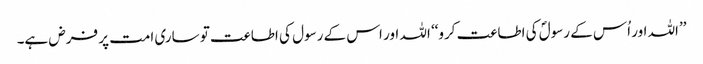
’’اللہ اور اُس کے رسولؐ کی اطاعت کرو‘‘ اللہ اور اس کے رسول کی اطاعت تو ساری امت پر فرض ہے۔